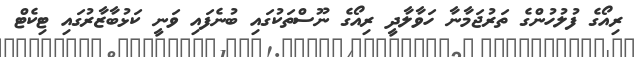
ރިއޯގެ ފުލުހުންގެ ތަރުޖަމާނާ ހަވާލާދީ ރިއޯގެ ނޫސްތަކުގައި ބުނެފައި ވަނީ ކަޅުބާޒާރުގައި ޓިކެޓް